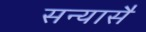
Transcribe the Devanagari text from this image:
सन्यासै